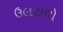
ઉલટાવો